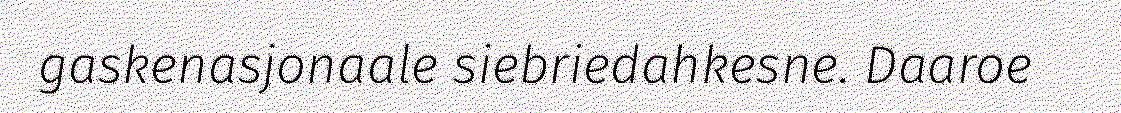
gaskenasjonaale siebriedahkesne. Daaroe